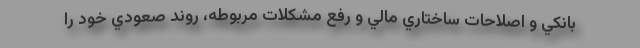
بانكي و اصلاحات ساختاري مالي و رفع مشكلات مربوطه، روند صعودي خود را